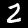
Digit: 2